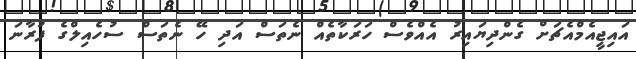
އައިޖީއެމްއެޗަށް ގެންދިޔައިރު އެއްވެސް ހަރަކާތެއް ނެތަސް އަދި ހޭ ނެތަސް ސުހެއިލްގެ ފުރާނަ